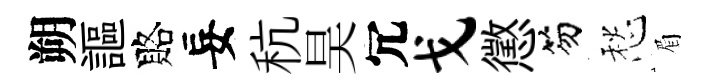
朔謳賂妄秔昊冗戈懲笏愁眉